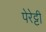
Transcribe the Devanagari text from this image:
पेरेट्टी